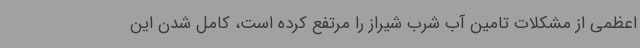
اعظمی از مشکلات تامین آب شرب شیراز را مرتفع کرده است، کامل شدن این